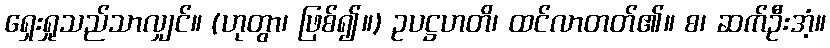
ရှေးရှုသည်သာလျှင်။ (ဟုတွာ၊ ဖြစ်၍။) ဥပဋ္ဌဟတိ၊ ထင်လာတတ်၏။ စ၊ ဆက်ဦးအံ့။